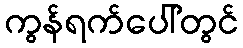
ကွန်ရက်ပေါ်တွင်